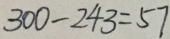
3 0 0 - 2 4 3 = 5 7